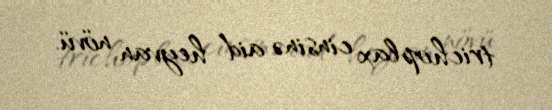
trichoplax cinsinə aid heyvan növü.